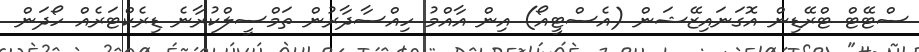
ސްޓޭޓް ޓްރޭޑިން އޮގަނައިޒޭޝަން (އެސްޓީއޯ) އިން އާއްމު ހިއްސާދާރުން ތަމްސީލްކުރާނެ ޑިރެކްޓަރެއް ހޯދަން